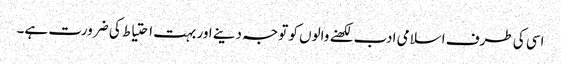
اسی کی طرف اسلامی ادب لکھنے والوں کو توجہ دینے اور بہت احتیاط کی ضرورت ہے۔